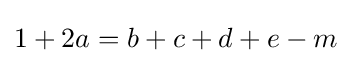
1+2a=b+c+d+e-m